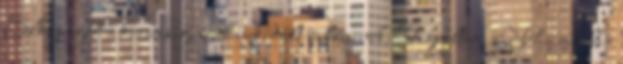
Elkopogott a kocsmáig. Ott nekidőlt valaminek. Figyeltem. Néha mintha